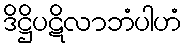
ဒိဋ္ဌိပဋိလာဘံပါဟံ